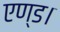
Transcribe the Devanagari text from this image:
एण्ड।